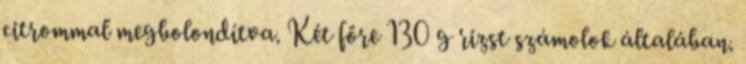
citrommal megbolondítva. Két főre 130 g rizst számolok általában.